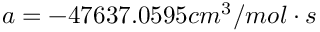
a = - 4 7 6 3 7 . 0 5 9 5 c m ^ { 3 } / m o l \cdot s